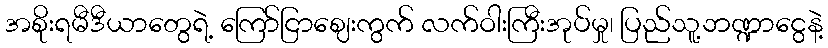
အစိုးရမီဒီယာတွေရဲ့ ကြော်ငြာဈေးကွက် လက်ဝါးကြီးအုပ်မှု၊ ပြည်သူ့ဘဏ္ဍာငွေနဲ့